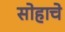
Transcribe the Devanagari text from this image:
सोहाचे